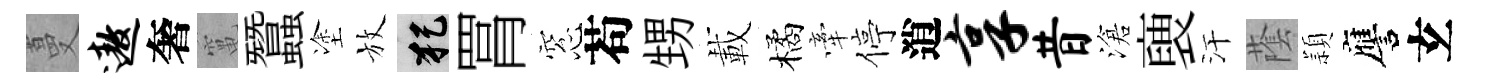
蔓遨奢𥧄蠶塗放犯罥窓苟甥載橘牽停逍享昔滄褏汗䕃頴譍𤣥